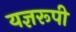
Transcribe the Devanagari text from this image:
यज्ञरूपी